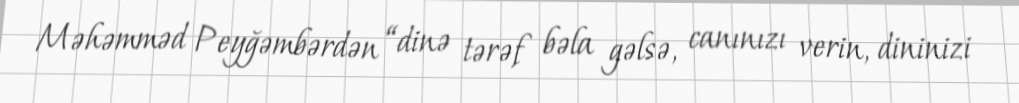
Məhəmməd Peyğəmbərdən “dinə tərəf bəla gəlsə, canınızı verin, dininizi